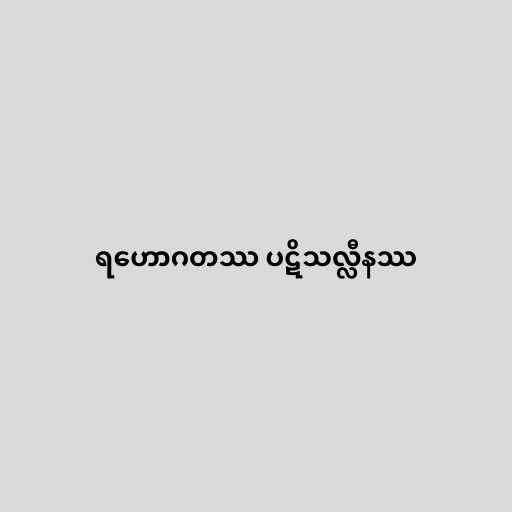
ရဟောဂတဿ ပဋိသလ္လီနဿ